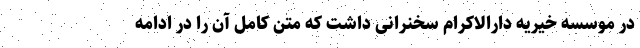
در موسسه خیریه دارالاکرام سخنرانی داشت که متن کامل آن را در ادامه